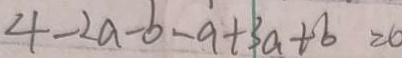
4 - 2 a - b - a + 3 a + b = 0